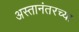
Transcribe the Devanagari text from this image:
अस्तानंतरच्या